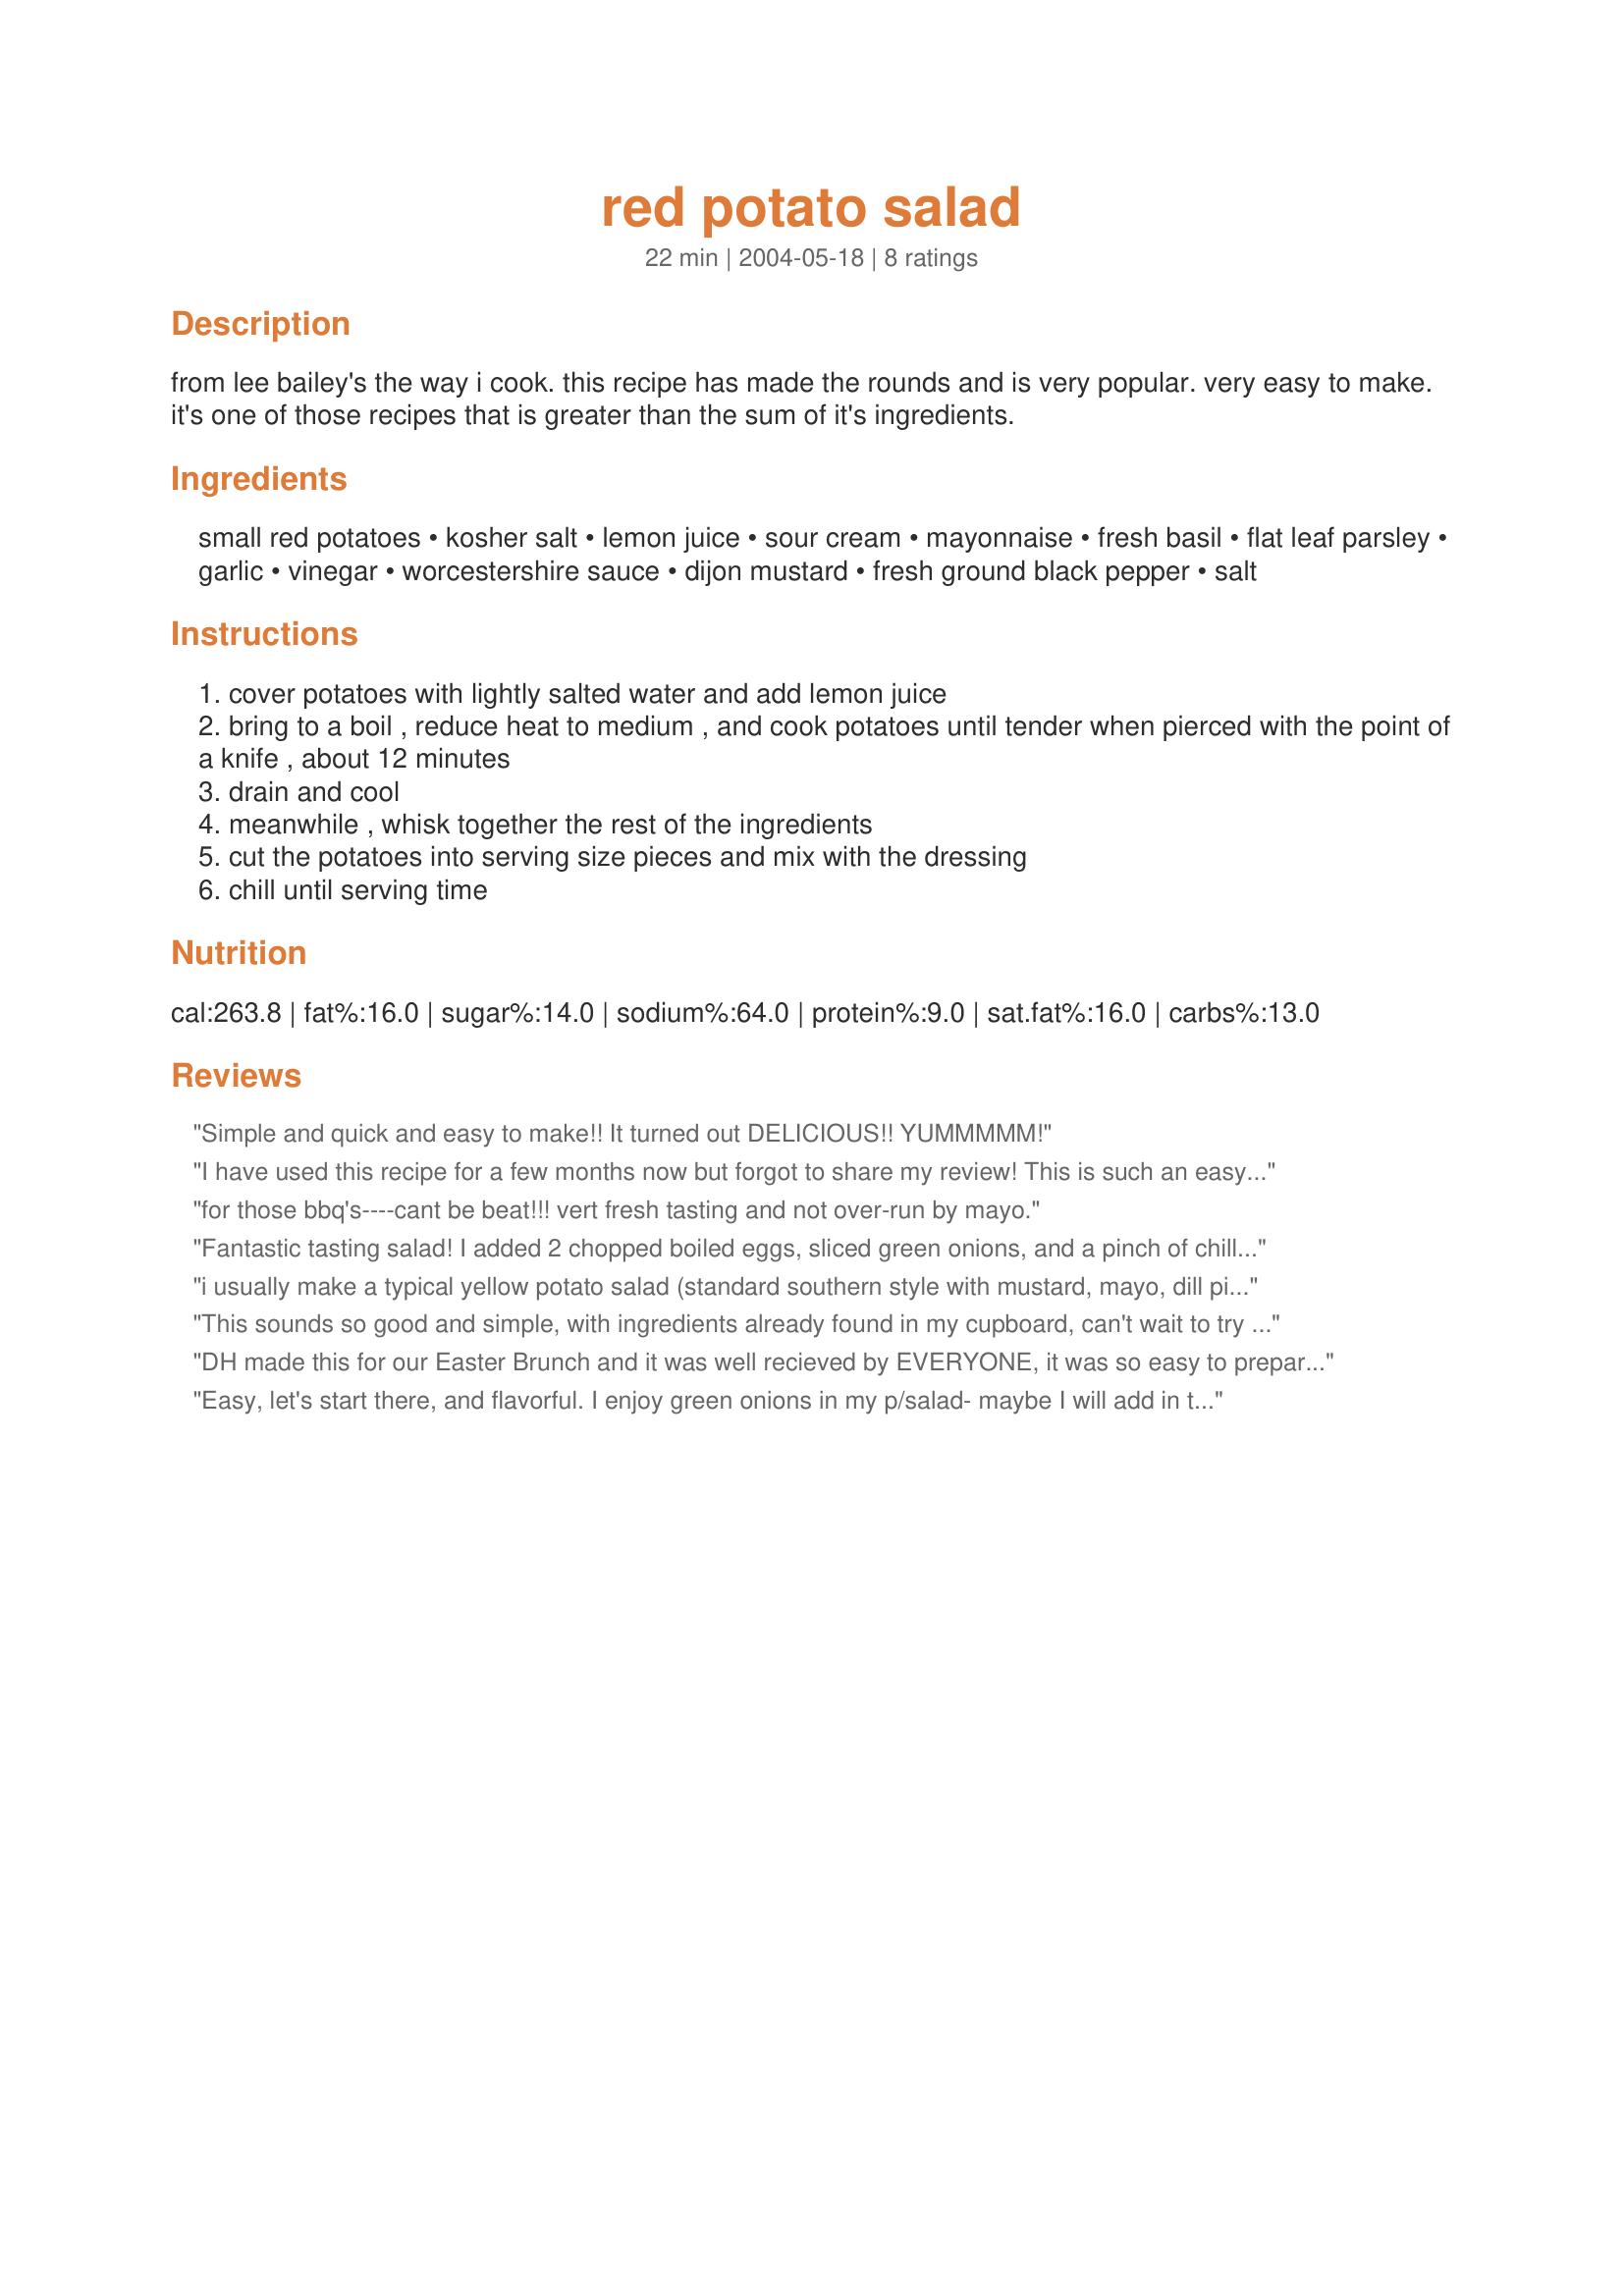
red potato salad
Preparation time: 22 minutes

from lee bailey's the way i cook. this recipe has made the rounds and is very popular. very easy to make. it's one of those recipes that is greater than the sum of it's ingredients.

Ingredients:
small red potatoes, kosher salt, lemon juice, sour cream, mayonnaise, fresh basil, flat leaf parsley, garlic, vinegar, worcestershire sauce, dijon mustard, fresh ground black pepper, salt

Steps:
cover potatoes with lightly salted water and add lemon juice
bring to a boil , reduce heat to medium , and cook potatoes until tender when pierced with the point of a knife , about 12 minutes
drain and cool
meanwhile , whisk together the rest of the ingredients
cut the potatoes into serving size pieces and mix with the dressing
chill until serving time

Reviews:
Simple and quick and easy to make!! It turned out DELICIOUS!! YUMMMMM!
I have used this recipe for a few months now but forgot to share my review! This is such an easy dish and the flavors are wonderful!! This is a favorite with us and everyone I've made it for. Thank you SO much for sharing.
for those bbq's----cant be beat!!!
vert fresh tasting and not over-run by mayo.
Fantastic tasting salad! I added 2 chopped boiled eggs, sliced green onions, and a pinch of chilli flakes for some zing!
i usually make a typical yellow potato salad (standard southern style with mustard, mayo, dill pickles and onions) but this time around I had some red potatos I needed to use and I am so glad I got to experiment with this recipe. It was quite different but really delicious!!! Everyone in my family who is used to the southern style one loved this too!

I did not use regular mayonnaise (as I now use veganaisse) and it made no difference in taste and was still so well flavored by the combination of everything else that regular mayo is not missed at all! I also did not have dijon mustard and used what I had on hand which was a dark pub beer mustard and it still tasgted fabulous! I really enjoyed the flavor and texture of the parsley in this salad - it was a real treat and I can't wait to start introducing at other family functions and winning everyone else over.
This sounds so good and simple, with ingredients already found in my cupboard, can't wait to try at my daughters birthday bbq!!
DH made this for our Easter Brunch and it was well recieved by EVERYONE, it was so easy to prepare w/no need to peel the potatoes and the flavors blended nicely. Loved the use of sour cream. I did use dried parsley as that's all I had. Also substituted Spicy Mustarf for the Dijon and Balsalmic Vinager for the white just based on personal preferance and added 2 hard boiled eggs, chopped onions and sliced black olives. It was a favorite of everyone at the party and I sent the recipe home w/several. Thanks DJM for a recipe we'll be using alot.
Easy, let's start there, and flavorful. I enjoy green onions in my p/salad- maybe I will add in that variation as well as eggs. I have no clue what I am doing yet, but those two items might give it a different dimension. If did that, I would omit the basil. Thank you for posting.
